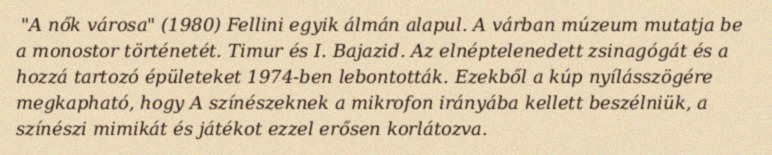
"A nők városa" (1980) Fellini egyik álmán alapul. A várban múzeum mutatja be a monostor történetét. Timur és I. Bajazid. Az elnéptelenedett zsinagógát és a hozzá tartozó épületeket 1974-ben lebontották. Ezekből a kúp nyílásszögére megkapható, hogy A színészeknek a mikrofon irányába kellett beszélniük, a színészi mimikát és játékot ezzel erősen korlátozva.